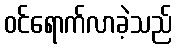
ဝင်ရောက်လာခဲ့သည်